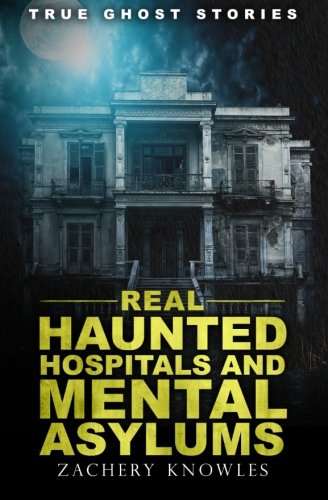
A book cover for True Ghost Stories: Real Haunted Hospitals and Mental Asylums; Zachary Knowles; Religion & Spirituality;